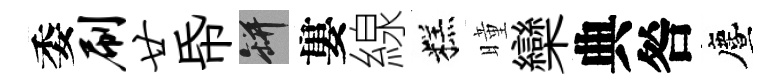
委刷廿帋瓶婁線糕曈欒典咎󵨌